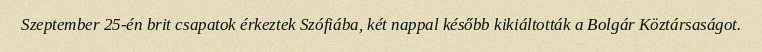
Szeptember 25-én brit csapatok érkeztek Szófiába, két nappal később kikiáltották a Bolgár Köztársaságot.